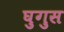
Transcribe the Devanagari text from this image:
घुगुस